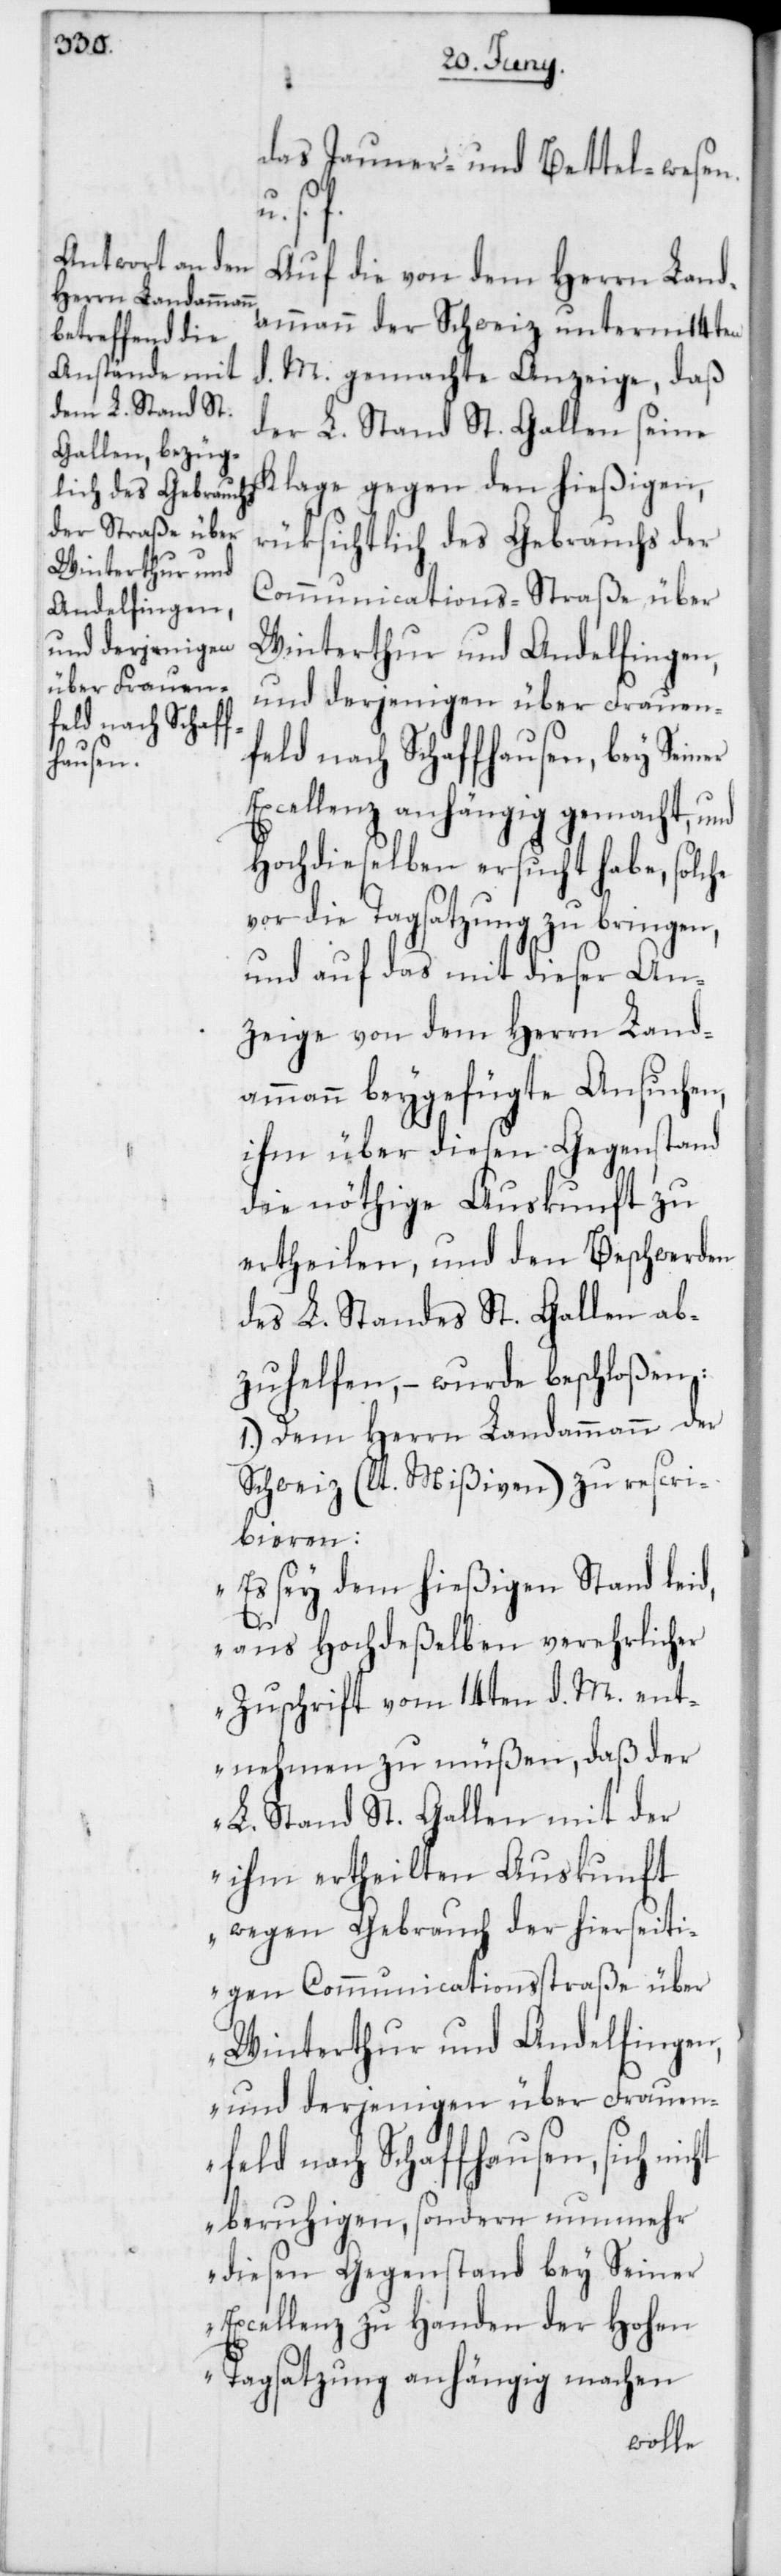
das Jauner- und Bettel-wesen
s. f.
Auf die von dem Herrn Land¬
ammann der Schweiz unterm 14ten
M. gemachte Anzeige, daß
der L. Stand St. Gallen seine
Klage gegen den hießigen,
rüksichtlich des Gebrauchs der
Communications-Straße über
Winterthur und Andelfingen,
und derjenigen über Frauen¬
feld nach Schaffhausen, bey Seiner
Excellenz anhängig gemacht, und
Hochdieselben ersucht habe, solche
vor die Tagsatzung zu bringen,
und auf das mit dieser An¬
zeige von dem Herrn Land¬
ammann beygefügte Ansuchen,
ihm über diesen Gegenstand
die nöthige Auskunft zu
ertheilen, und den Beschwerden
des L. Standes St. Gallen ab¬
zuhelfen, – wurde beschloßen:
1.) Dem Herrn Landammann der
Schweiz (lt. Mißiven) zu rescri¬
bieren:
„Es sey dem hießigen Stand leid,
ht
aus Hochdeßelben verehrlicher
Zuschrift vom 14ten d. M. ent¬
nehmen zu müßen, daß der
L. Stand St. Gallen mit der
ihm ertheilten Auskunft
wegen Gebrauch der hierseiti¬
gen Communicationsstraße über
Winterthur und Andelfingen,
und derjenigen über Frauen¬
feld nach Schaffhausen, sich nic¬
beruhigen, sondern nunmehr
diesen Gegenstand bey Seiner
Excellenz zu Handen der Hohen
Tagsatzung anhängig machen